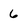
Character: 6